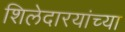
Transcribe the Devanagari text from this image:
शिलेदारयांच्या